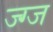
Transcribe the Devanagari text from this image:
ज्ग्ज